Vabadussoja_Ajaloo_Komitee, lk 55
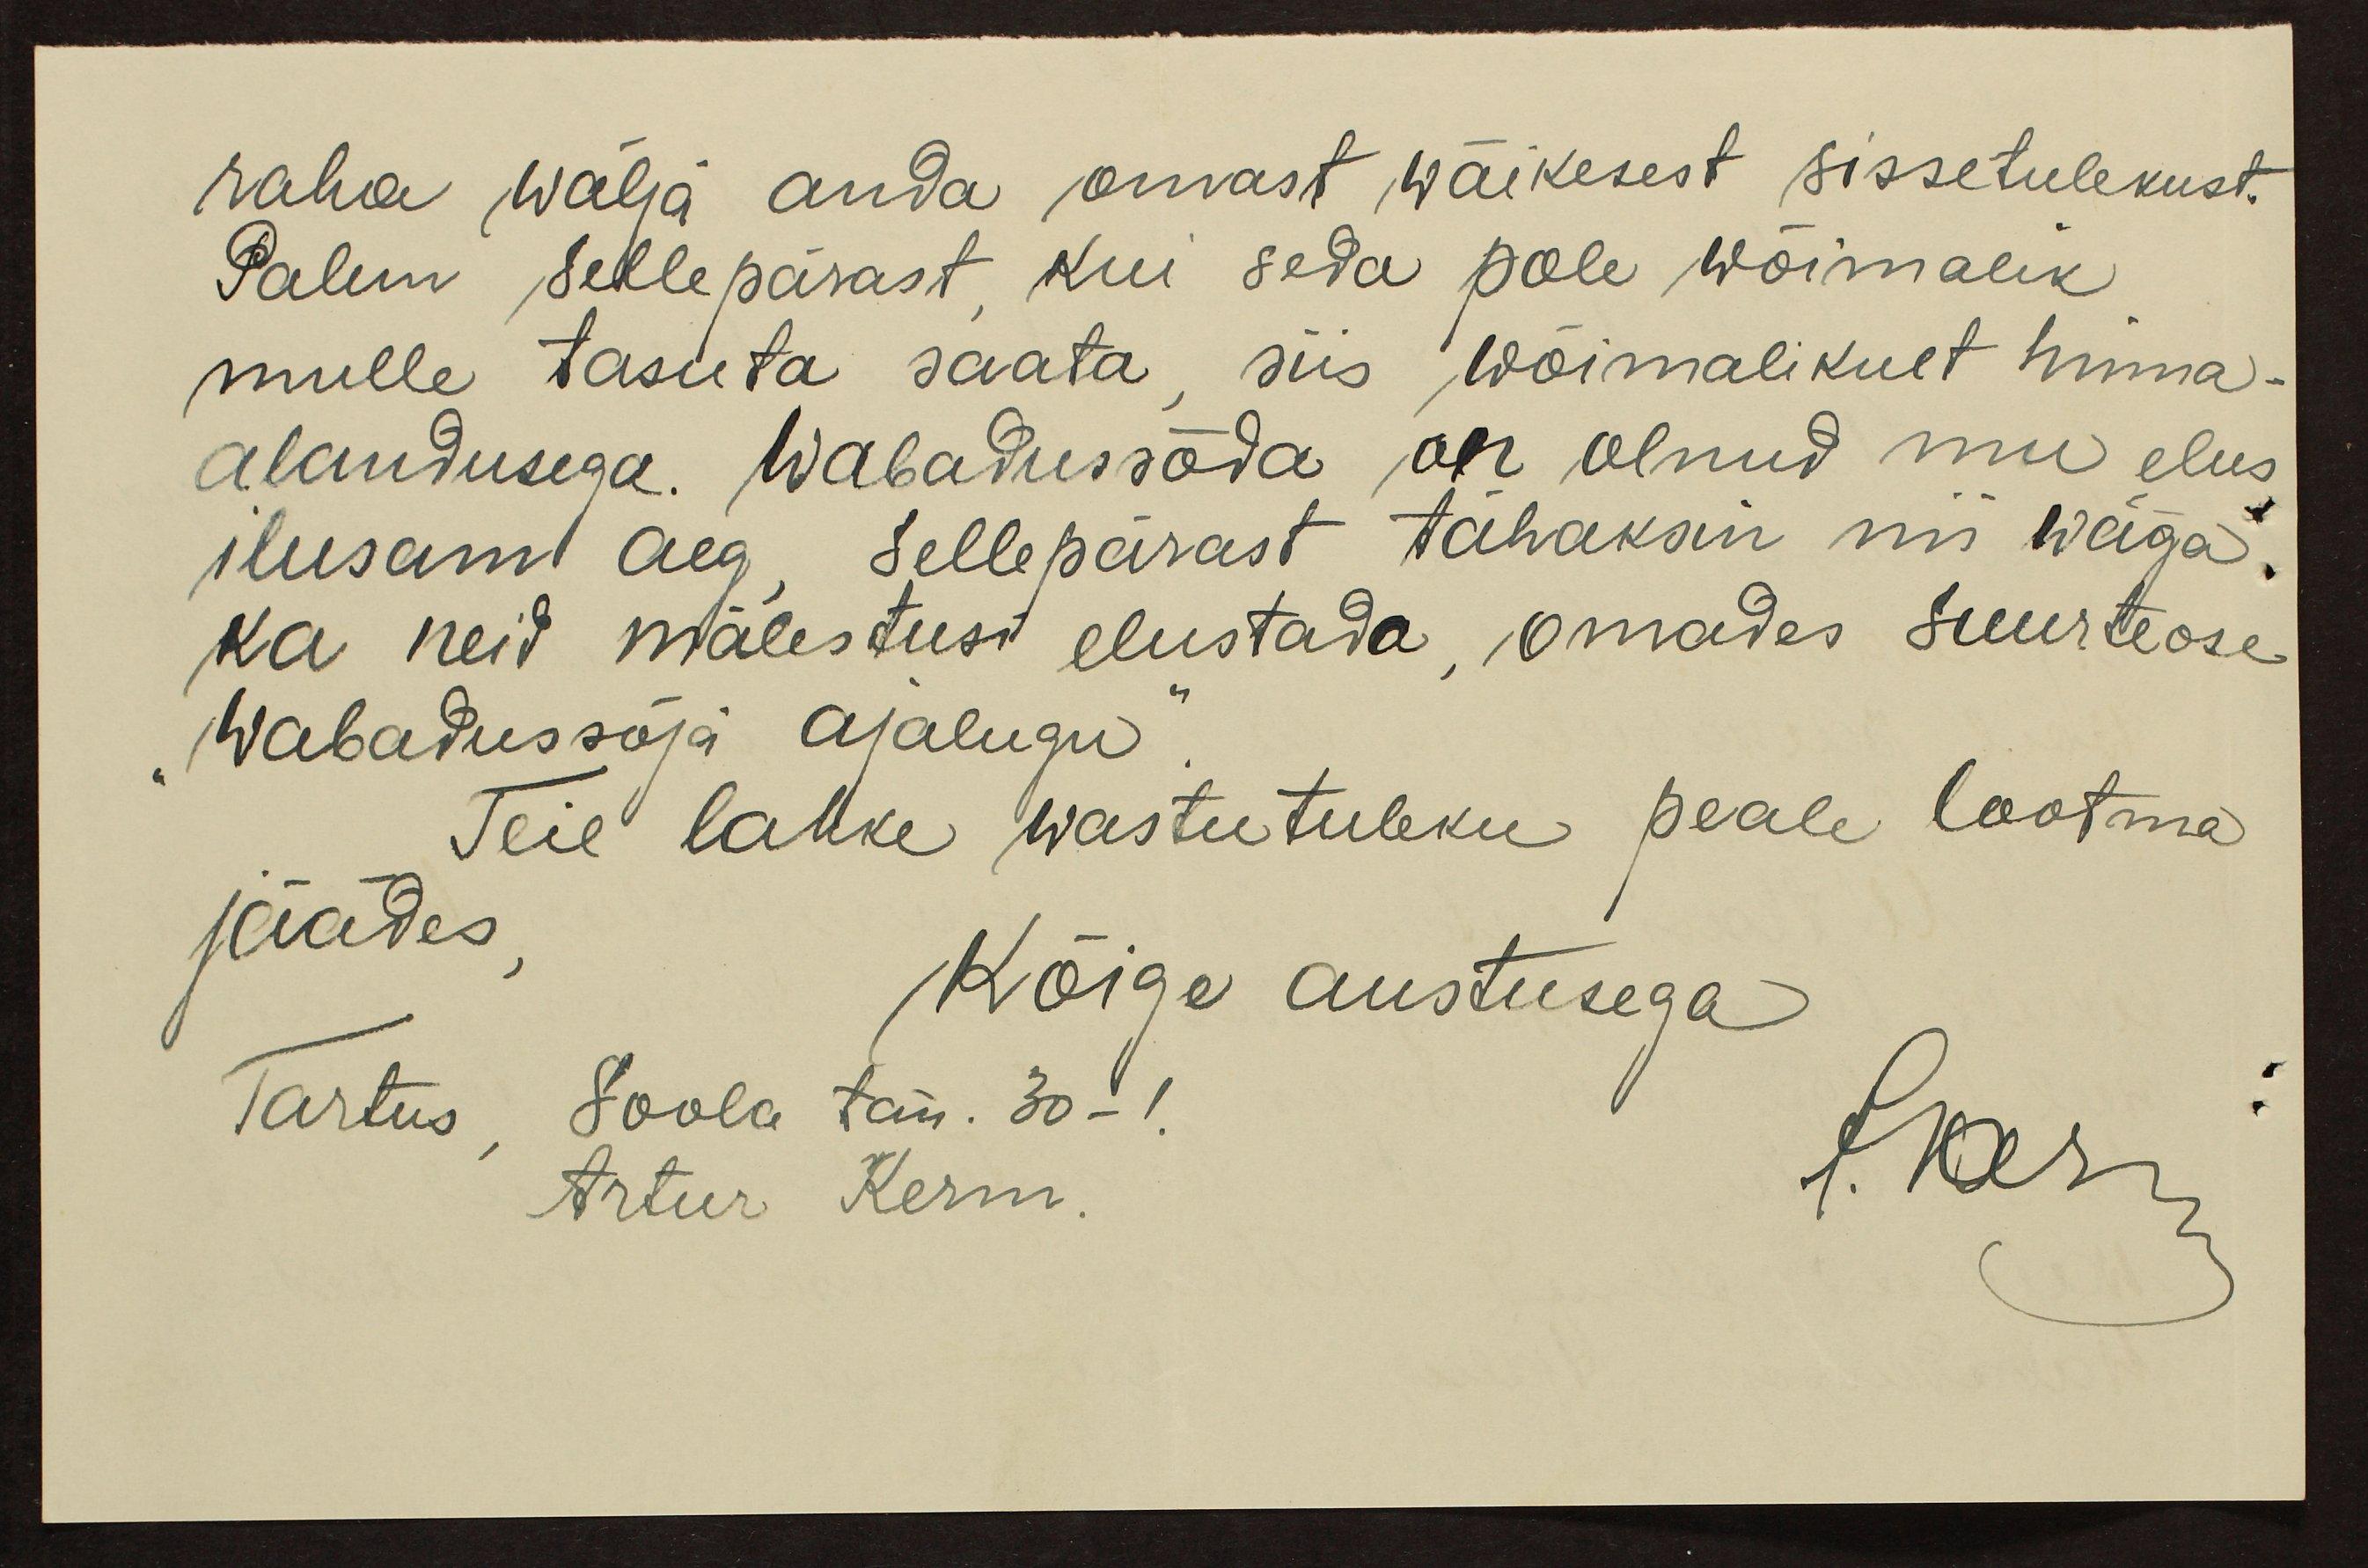
raha wälja anda omast wäikesest sissetulekust
Palun sellepärast kui seda pole wõimalik
mulle tasuta saata, siis wõimalikult hinna-
alandusega. Wabadussõda on olnud mu elus
ilusam aeg. Sellepärast tahaksin nii wäga
ka neid mälestusi elustada, omades suurteose-
"Wabadussõja ajalugu"
Teie lahke wastutuleku peale lootma
jäädes,
Kõige austusega
Tartus, Soola tän. 30-1
Artur Kerm.
Iks